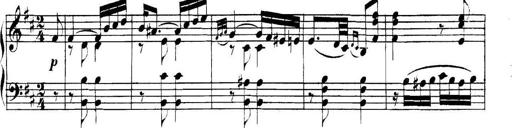
Title: Collected Piano Sonatas
Composer: Muzio Clementi